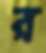
র